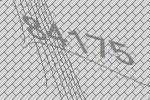
84175